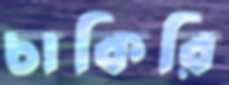
চাকিরি